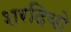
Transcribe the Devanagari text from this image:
शरदियो